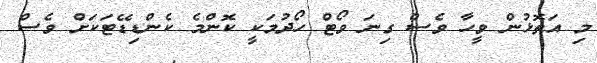
މި އަތޮޅުން ވީހާ ވެސް ގިނަ ވޯޓް ހޯދުމަކީ ކޮންމެ ކެންޑިޑޭޓަކަށް ވެސް